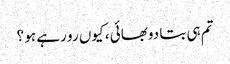
تم ہی بتا دوبھائی ، کیوں رو رہے ہو ؟